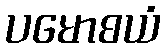
ပမောစယံ